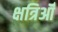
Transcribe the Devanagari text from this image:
क्षत्रिऑँ